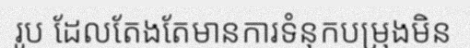
រូប ដែលតែងតែមានការទំនុកបម្រុងមិន